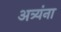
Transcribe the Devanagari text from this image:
अत्र्यंना